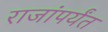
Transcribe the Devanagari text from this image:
राजांपर्यंत